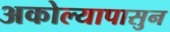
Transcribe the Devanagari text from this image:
अकोल्यापासुन